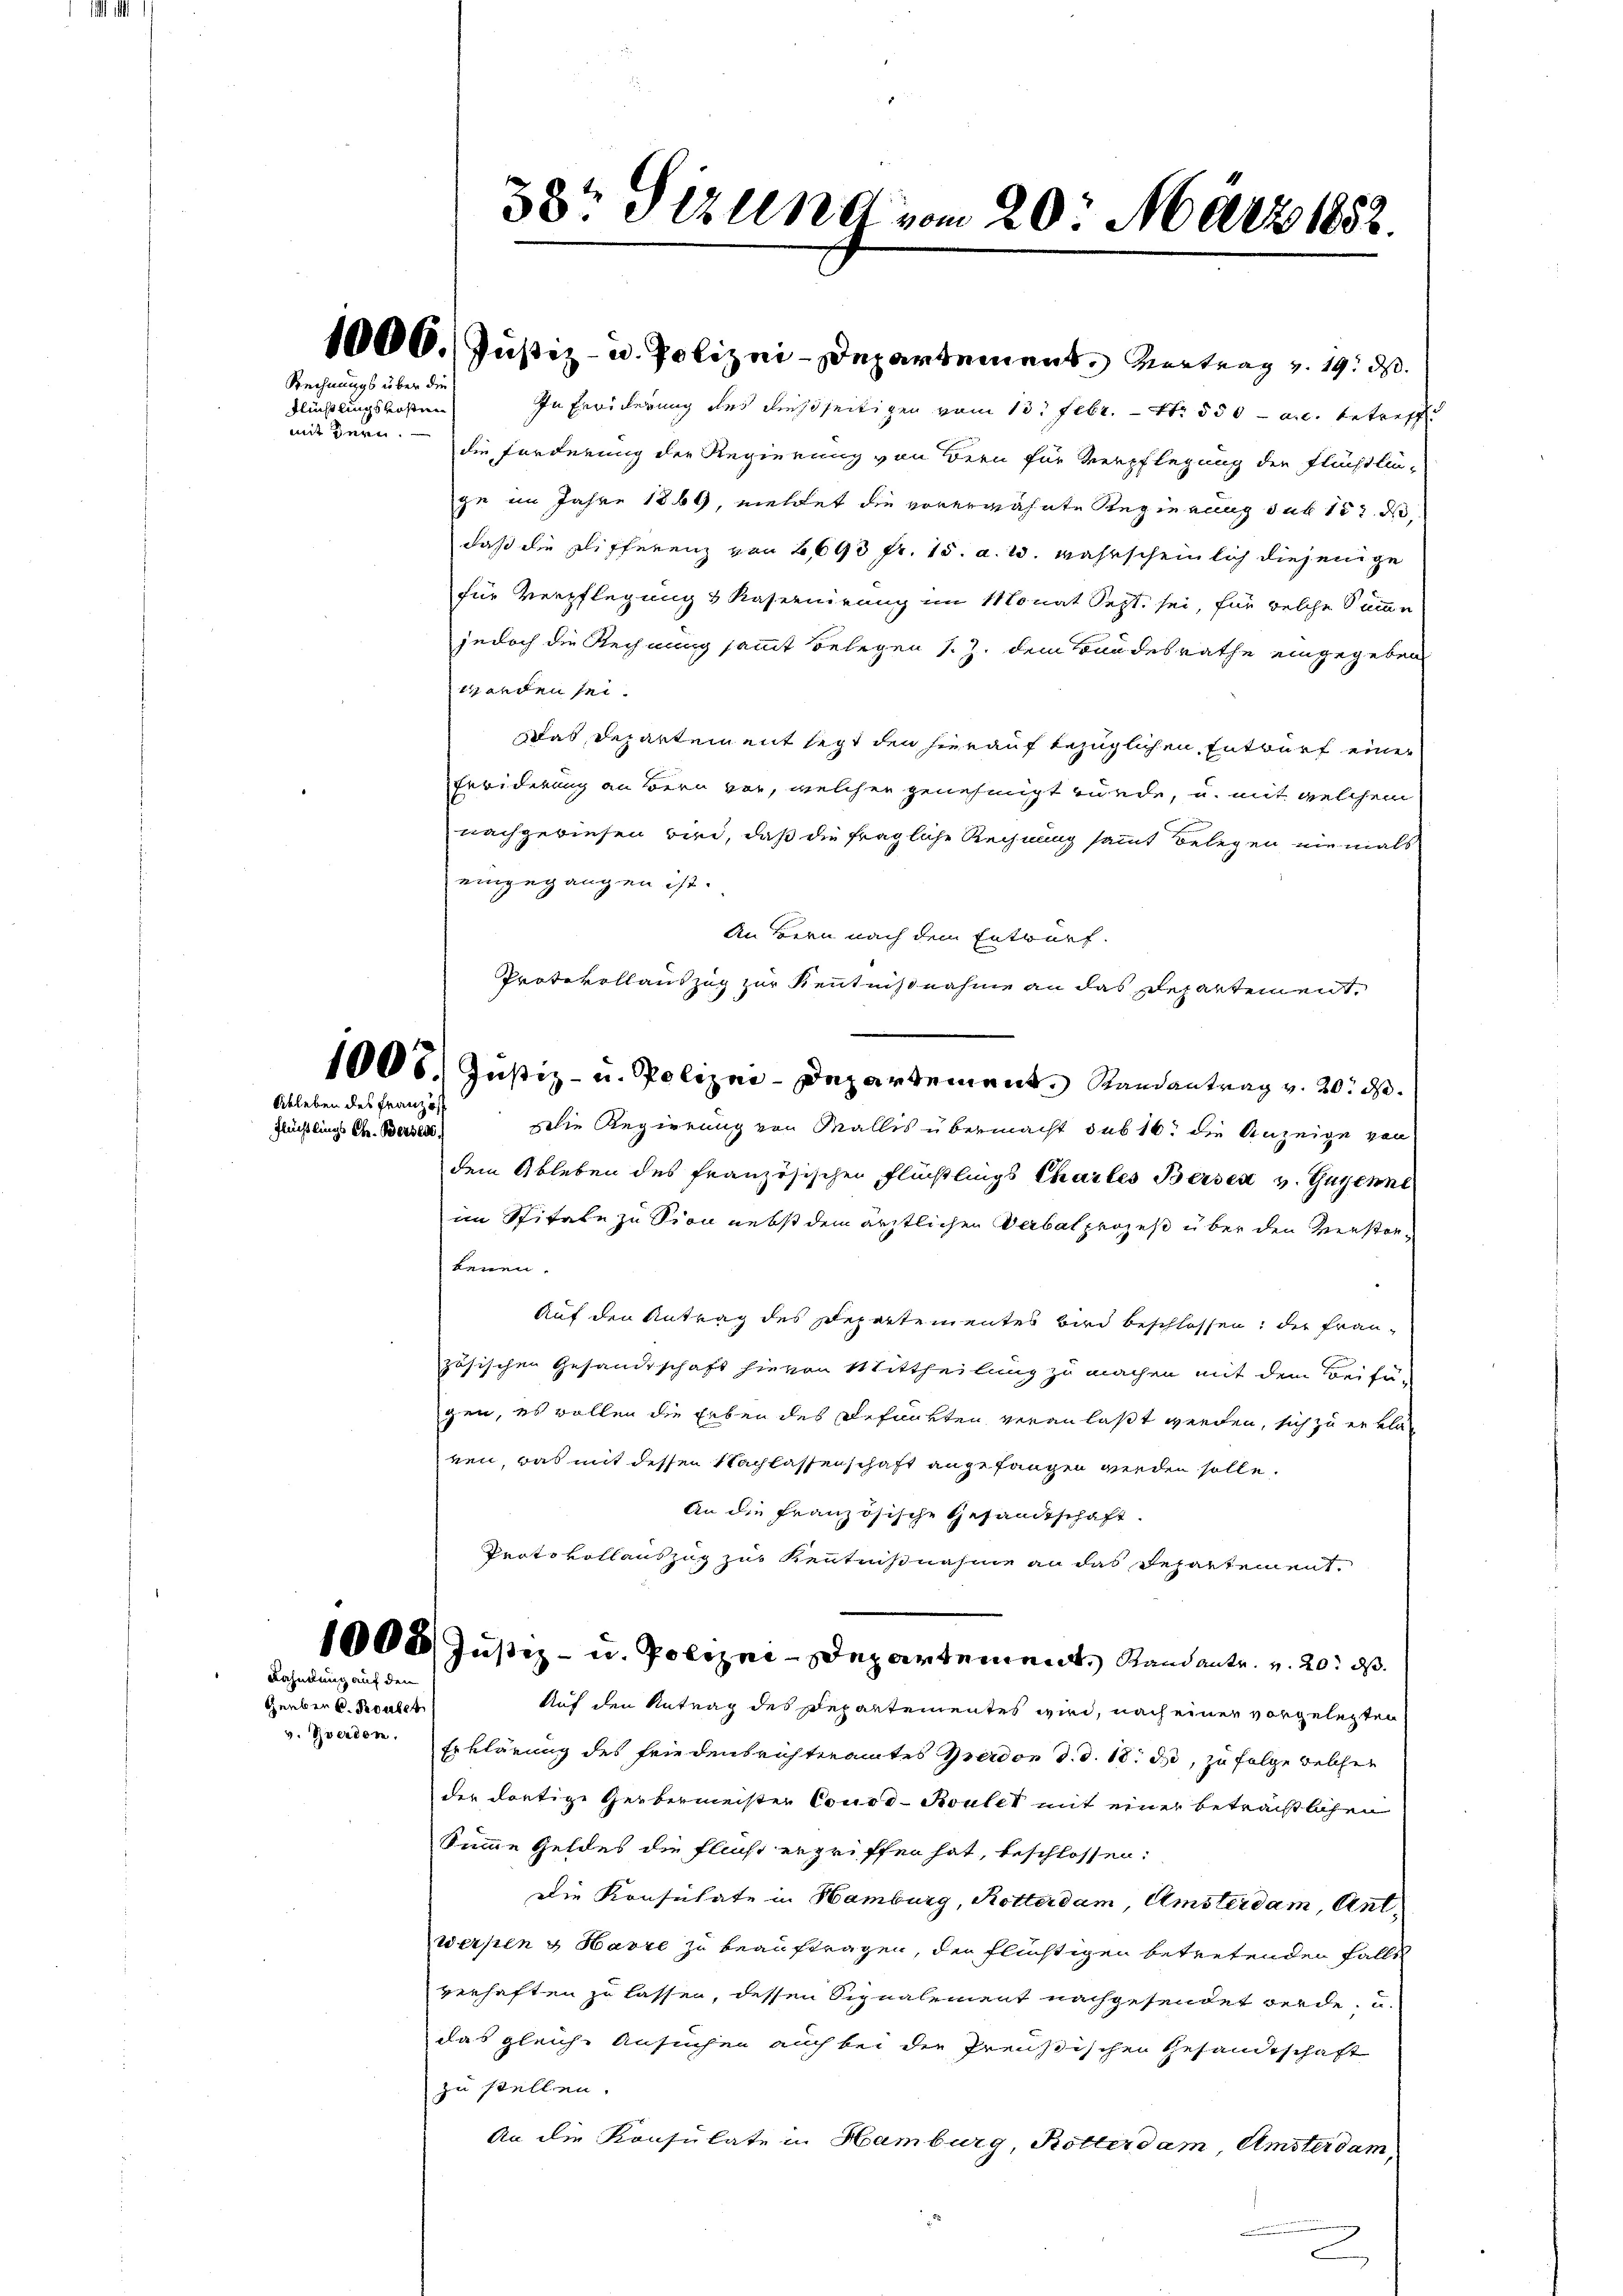
Als i

Rechnungs über die

Flüchtlingskosten
mit de

1000. Justiz- u. Polizei-Departement. Vortrag v. 19. ds.
In Erwiderung des dießseitigen vom 13. Febr. - Nr 550 - a.c. betreff
die Forderung der Regierung von Bern für Verpflegung der Flüchtlin-
ge im Jahre 1869, meldet die vorerwähnte Regierung sub 15. d.
daß die Differenz von 6693 fr. 15. a. u. wahrscheinlich diejenige
für Verpflegung & Kasernirung im Monat Sept. sei, für welche Summe
jedoch die Rechnung sammt Belegen s. Z. dem Bundesrathe eingegeben
torden sei.
Das Departement seit den hierauf bezüglichen Entwurf einer
Erwiderung an Bern vor, welcher genehmigt würde, u. mit welchem
nachgewiesen wird, daß die fragliche Rechnung sammt Belegen niemals
eingegangen ist.
An Bern nach dem Entwurf.
Protokollauszug zur Kenntnißnahme an das Departement,
1008. Justiz- u. Polizei-Departement. Randantrag v. 20. ds.
Die Regierung von Wallis übermacht sub 16t die Anzeige von
dem Ableben des französischen Flüchtlings Charles Beisen v. Gegenne
im Spitale zu sion nebst dem ärztlichen Verbalprozeß über den Verstorkennen.
Auf den Antrag des Departementes wird beschlossen; der Frau-
zösischen Gesandtschaft hievon Mittheilung zu machen mit dem Beifü-
gen, es wollen die Erben des Befunkten veranlaßt werden, sich zu erklär
ren, was mit dessen Nachlassenschaft angefangen werden solle.
An die Französische Gesandtschaft.
Protokollauszug zur Kenntnißnahme an das Repartement,
1000 Justiz- u. Polizei-Departement. Standante. v. 20. ds.
Auf den Antrag des Departementes wird, nach einer vorgelegten
v. Zoerden. Erklärung des Friedensrichteramtes Berdon d. d. 18. ds, zu folge welcher
der dortige Gerbermeister Cousd-Roulet mit einer beträchtlichen
Summe Geldes die fließ ergriffen hat, beschlossen:
Die Konsulate in Hamburg, Rotterdam Umsterdam, Antwerpen & Havre zu beauftragen, der flüchtigen betretenden Falls
verhaften zu lassen, dessen Signalement nachgesendet werde, u.
das gleiche Ansuchen auch bei die Preußischen Gesandtschaft
zu stellen.
An die Konsulate in Hamburg, Rotterdam, Amsterdam,

Ableben des Franz
Flüchtlings Chr. Berses.

Kahnung auf den

Geüber k. Kronbet

38t Sizung vom 20. März 1852.